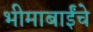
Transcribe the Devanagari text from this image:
भीमाबाईंचे